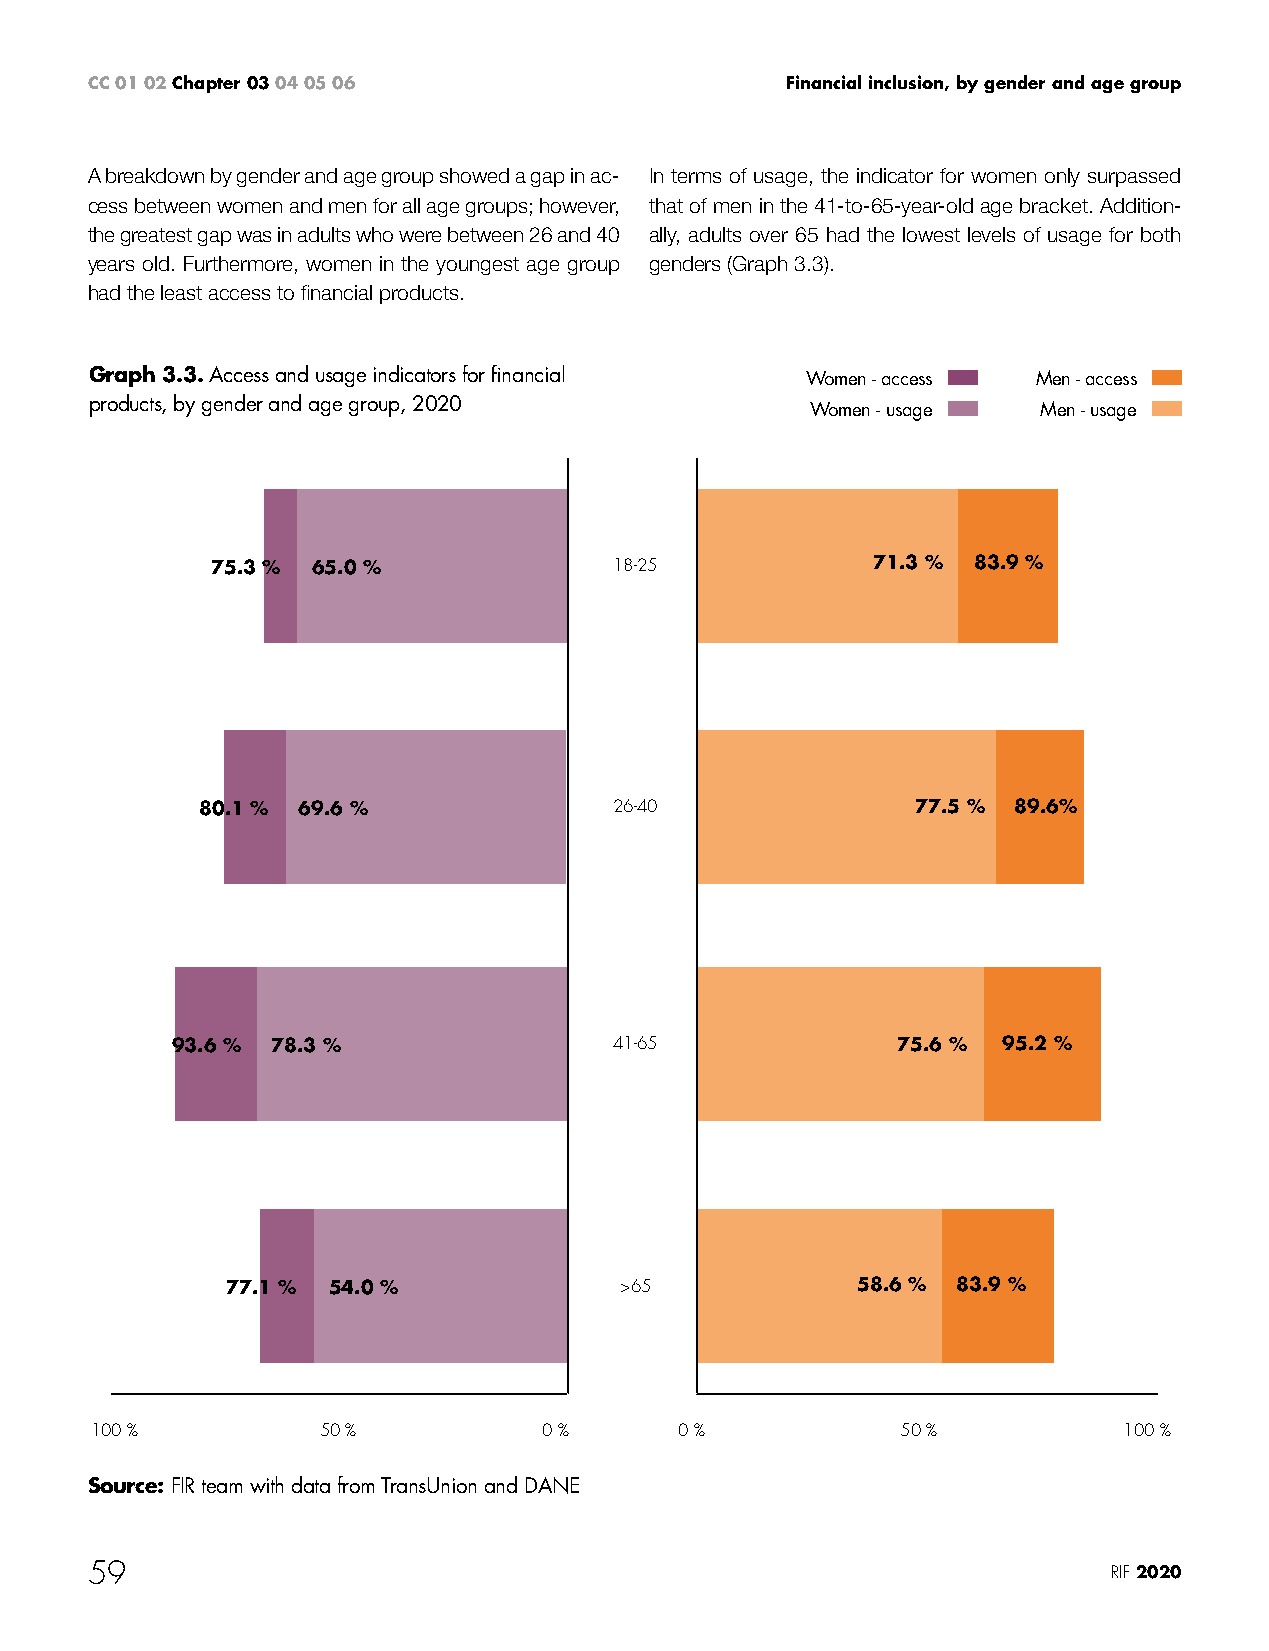
CC 01 02 Chapter 03 04 05 06                  Financial inclusion, by gender and age group
 A breakdown by gender and age group showed a gap in ac- In terms of usage, the indicator for women only surpassed
 cess between women and men for all age groups; however, that of men in the 41-to-65-year-old age bracket. Addition-
 the greatest gap was in adults who were between 26 and 40 ally, adults over 65 had the lowest levels of usage for both
 years old. Furthermore, women in the youngest age group genders (Graph 3.3).
 had the least access to financial products.
 Graph 3.3. Access and usage indicators for financial Women - access Men - access
 products, by gender and age group, 2020         Women - usage  Men - usage
 75.3 % 65.0 %              18-25            71.3 % 83.9 %
 80.1 % 69.6 %               26-40               77.5 % 89.6%
 93.6 % 78.3 %                 41-65             75.6 % 95.2 %
 77.1 % 54.0 %             >65             58.6 % 83.9 %
 100 %          50 %           0 %      0 %            50 %          100 %
 Source: FIR team with data from TransUnion and DANE
 59                                                                  RIF 2020